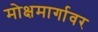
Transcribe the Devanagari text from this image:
मोक्षमार्गावर